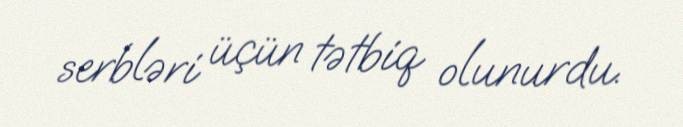
serbləri üçün tətbiq olunurdu.